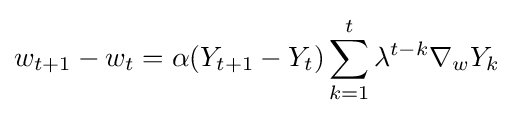
w_{t+1}-w_{t}=\alpha (Y_{t+1}-Y_{t})\sum _{k=1}^{t}\lambda ^{t-k}\nabla _{w}Y_{k}